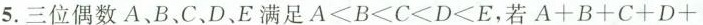
5.三位偶数A、B、C、D、E满足$$A < B < C < D < E$$，若$$A + B + C + D +